65_HS1-834228961_62-HQ-83894_Section_4
Agency: FBI
Page 119
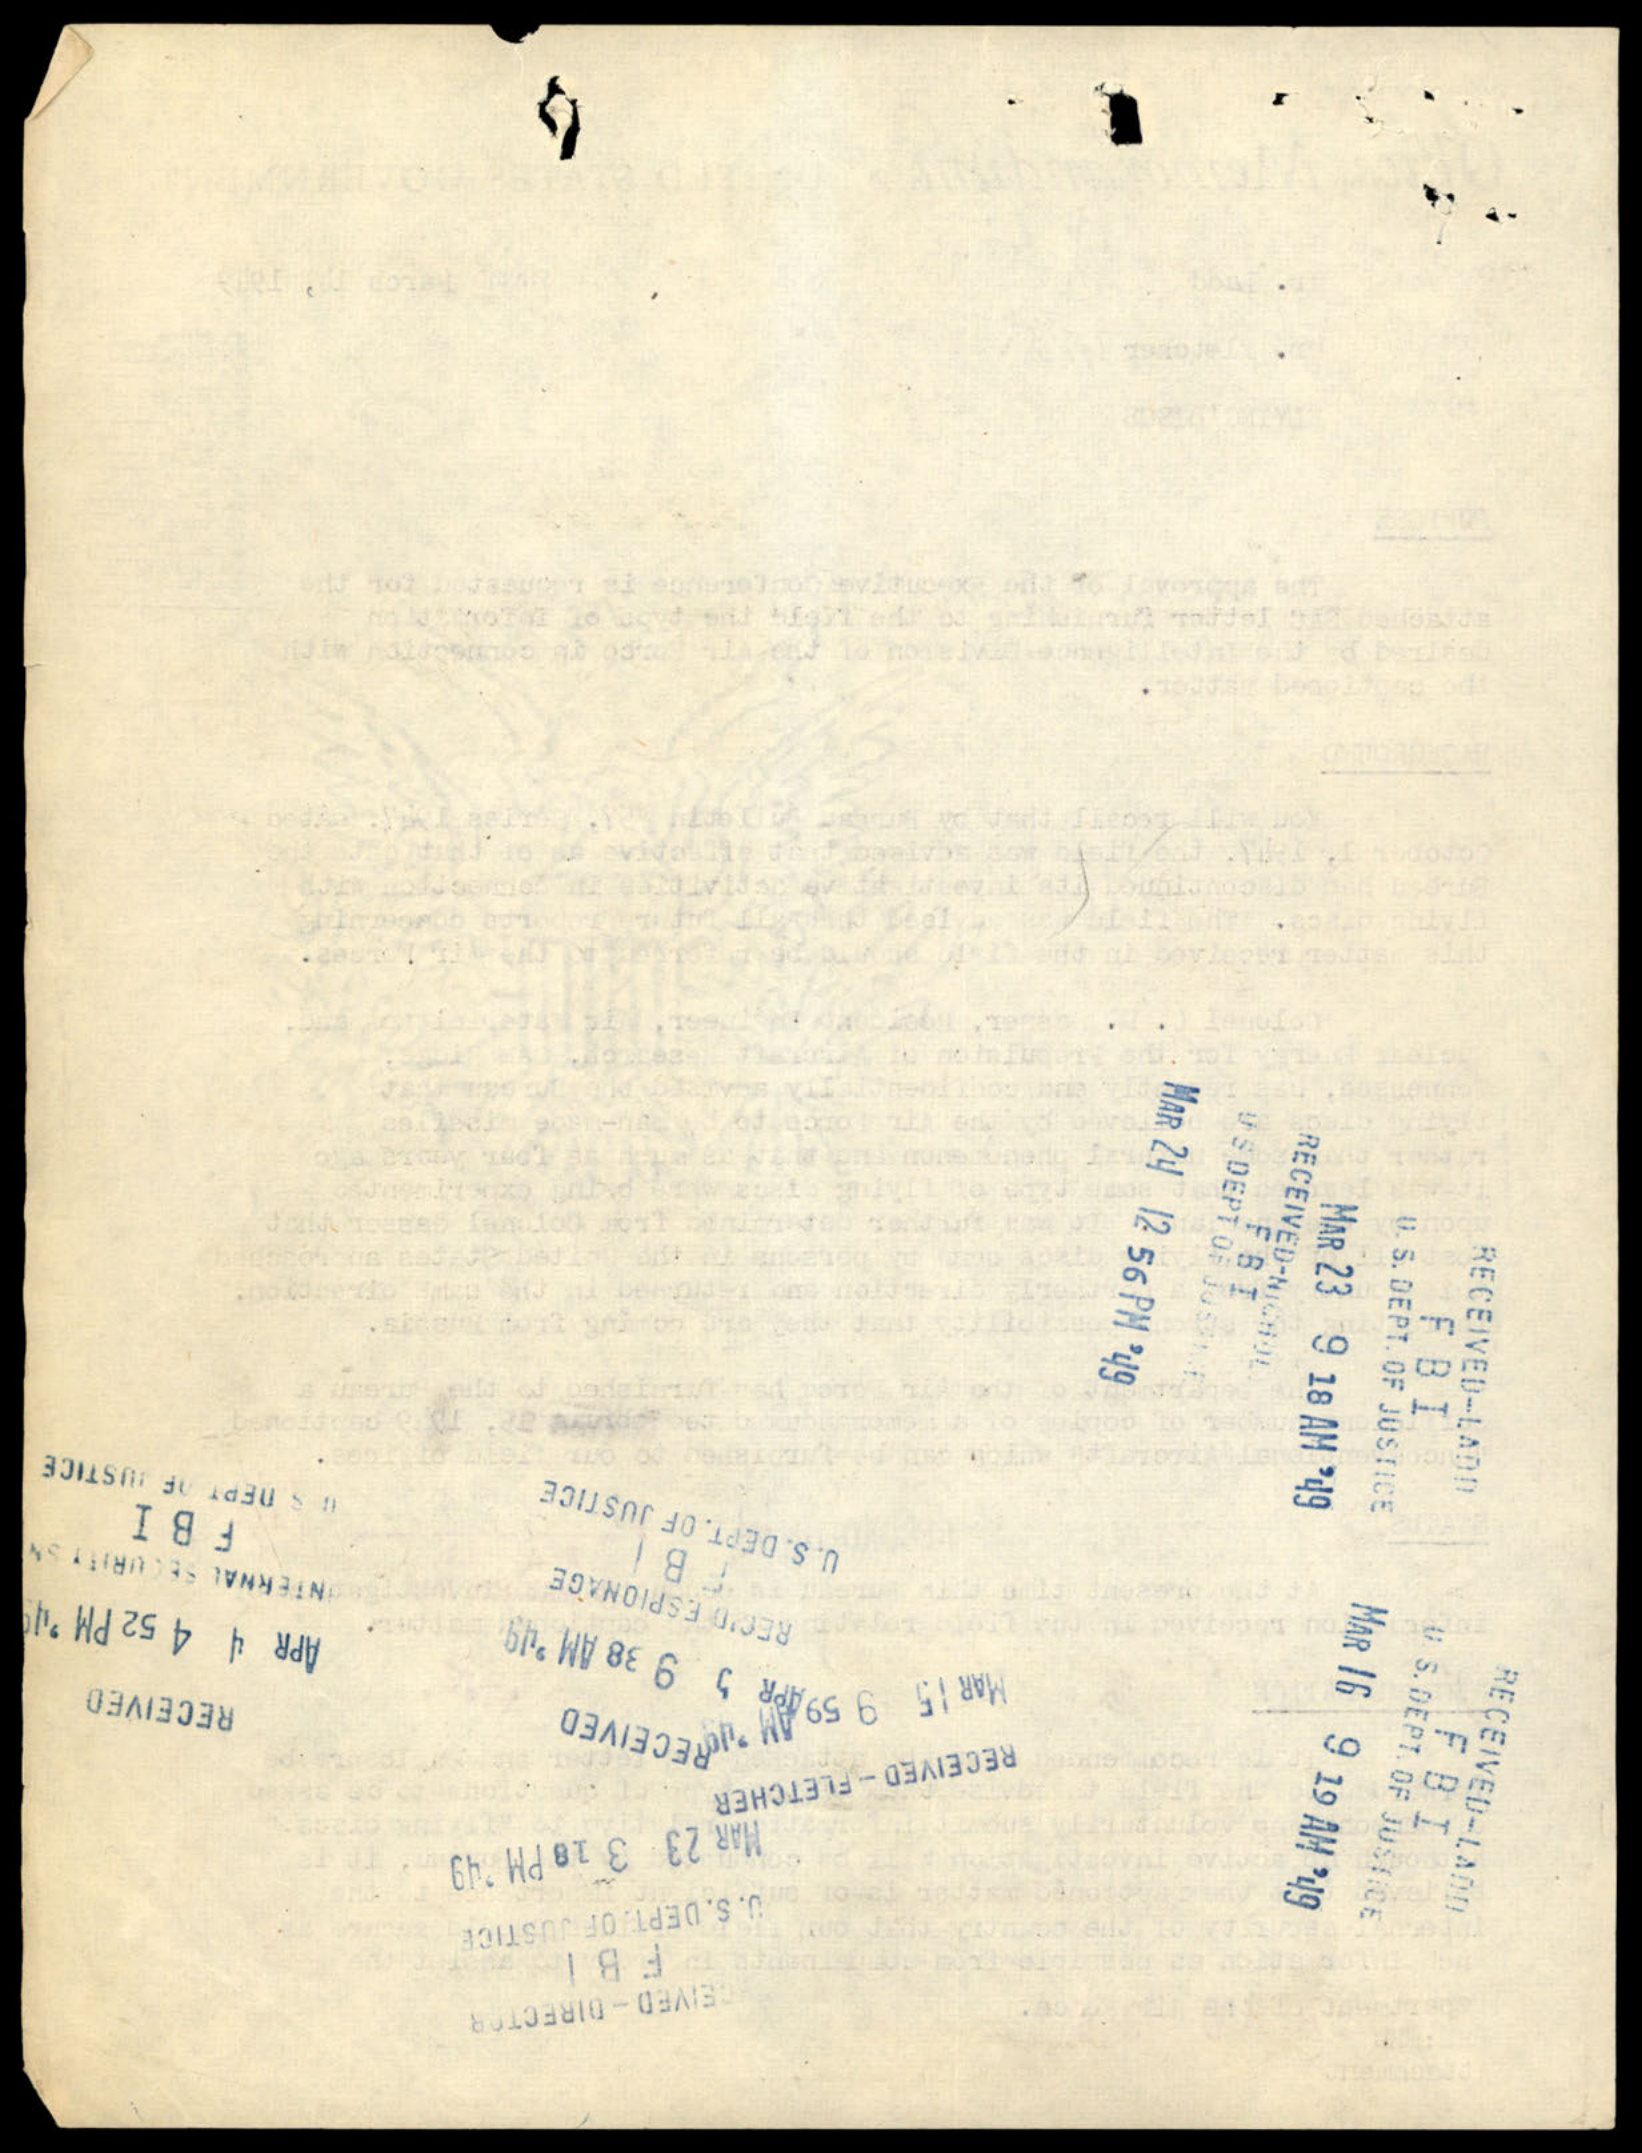